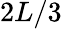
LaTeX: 2L/3